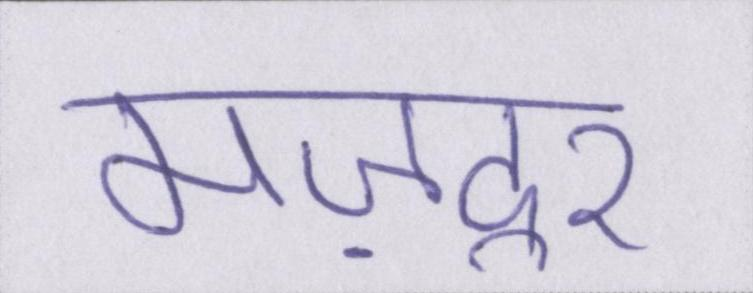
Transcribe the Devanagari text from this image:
मज़दूर